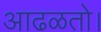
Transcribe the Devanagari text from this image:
आढळतो।